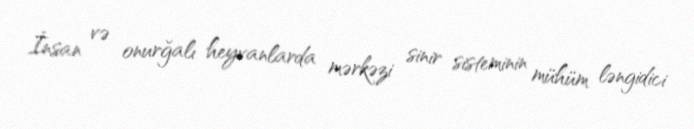
İnsan və onurğalı heyvanlarda mərkəzi sinir sisteminin mühüm ləngidici